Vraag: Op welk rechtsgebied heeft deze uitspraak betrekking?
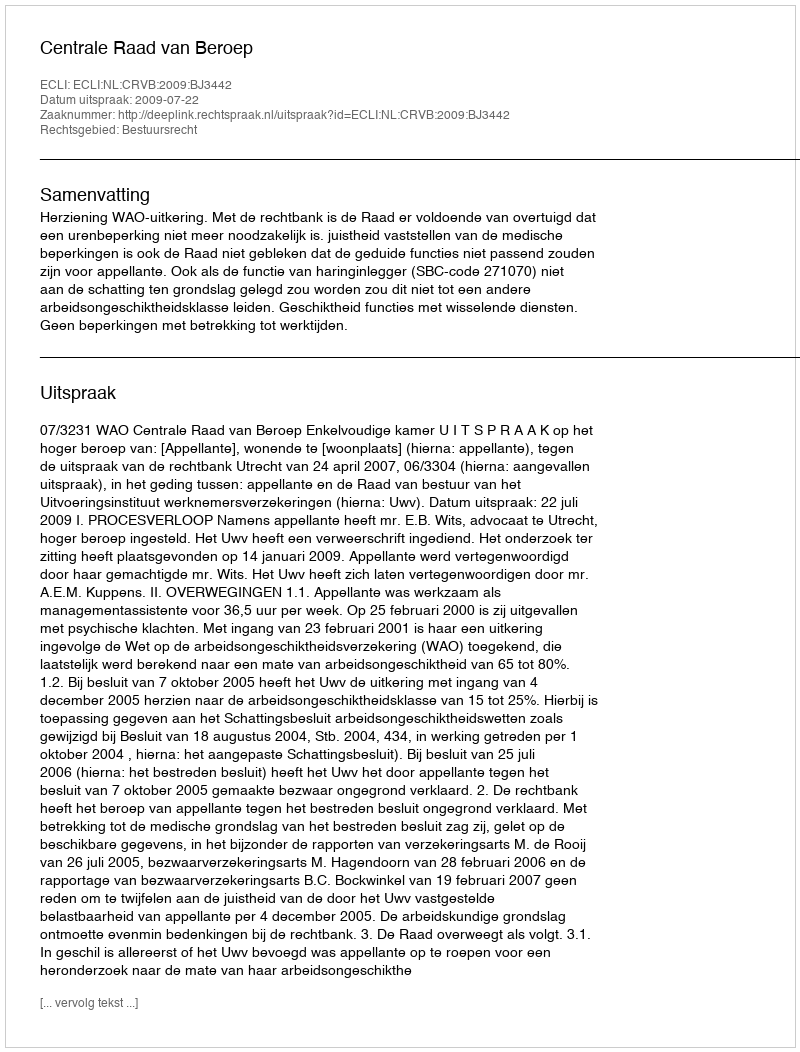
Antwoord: Bestuursrecht